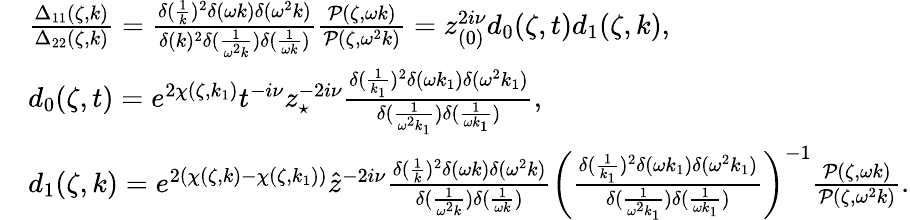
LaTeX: \begin{array}{rl}&{\frac{\Delta_{11}(\zeta,k)}{\Delta_{22}(\zeta,k)}=\frac{\delta(\frac{1}{k})^{2}\delta(\omega k)\delta(\omega^{2}k)}{\delta(k)^{2}\delta(\frac{1}{\omega^{2}k})\delta(\frac{1}{\omega k})}\frac{\mathcal{P}(\zeta,\omega k)}{\mathcal{P}(\zeta,\omega^{2}k)}=z_{(0)}^{2i\nu}d_{0}(\zeta,t)d_{1}(\zeta,k),}\\ &{d_{0}(\zeta,t)=e^{2\chi(\zeta,k_{1})}t^{-i\nu}z_{\star}^{-2i\nu}\frac{\delta(\frac{1}{k_{1}})^{2}\delta(\omega k_{1})\delta(\omega^{2}k_{1})}{\delta(\frac{1}{\omega^{2}k_{1}})\delta(\frac{1}{\omega k_{1}})},}\\ &{d_{1}(\zeta,k)=e^{2(\chi(\zeta,k)-\chi(\zeta,k_{1}))}\hat{z}^{-2i\nu}\frac{\delta(\frac{1}{k})^{2}\delta(\omega k)\delta(\omega^{2}k)}{\delta(\frac{1}{\omega^{2}k})\delta(\frac{1}{\omega k})}\bigg(\frac{\delta(\frac{1}{k_{1}})^{2}\delta(\omega k_{1})\delta(\omega^{2}k_{1})}{\delta(\frac{1}{\omega^{2}k_{1}})\delta(\frac{1}{\omega k_{1}})}\bigg)^{-1}\frac{\mathcal{P}(\zeta,\omega k)}{\mathcal{P}(\zeta,\omega^{2}k)}.}\end{array}